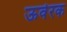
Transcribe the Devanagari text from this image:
ऊर्वरक